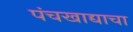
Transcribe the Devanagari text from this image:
पंचखाद्याचा